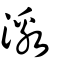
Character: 激